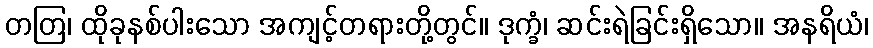
တတြ၊ ထိုခုနစ်ပါးသော အကျင့်တရားတို့တွင်။ ဒုက္ခံ၊ ဆင်းရဲခြင်းရှိသော။ အနရိယံ၊